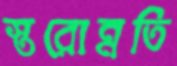
স্তরোন্নতি